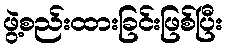
ဖွဲ့စည်းထားခြင်းဖြစ်ပြီး